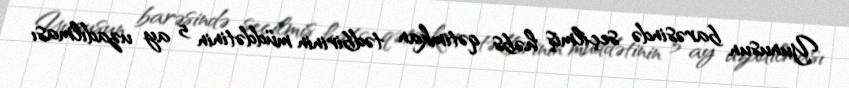
Yunusun barəsində seçilmiş həbs qətimkan tədbirinin müddətinin 5 ay uzadılması